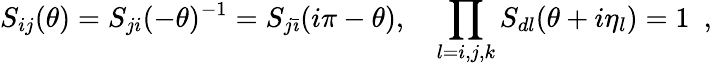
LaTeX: S_{ij}(\theta)=S_{ji}(-\theta)^{-1}=S_{j\bar{\imath}}(i\pi-\theta),\quad\prod_{l=i,j,k}S_{dl}(\theta+i\eta_{l})=1\, \, \, ,